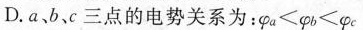
D.a、b、c三点的电势关系为：$$\varphi a < \varphi b < \varphi c$$